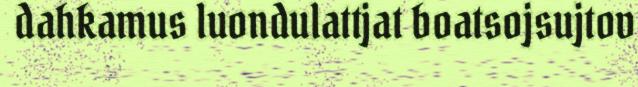
dahkamus luondulattjat boatsojsujtov